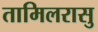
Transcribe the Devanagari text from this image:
तामिलरासु